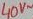
Text: 40v~